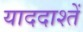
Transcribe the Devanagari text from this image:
याददाश्तें